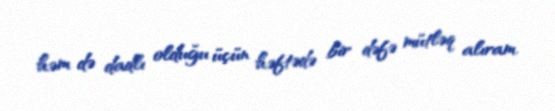
həm də dadlı olduğu üçün həftədə bir dəfə mütləq alıram.